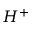
H ^ { + }